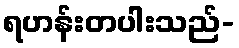
ရဟန်းတပါးသည်-